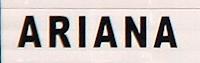
ariana